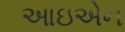
આઇએન